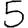
Digit: 5